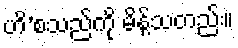
ဟိ’စသည်ကို မိန့်သတည်း။